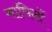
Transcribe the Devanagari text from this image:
बाघिनों